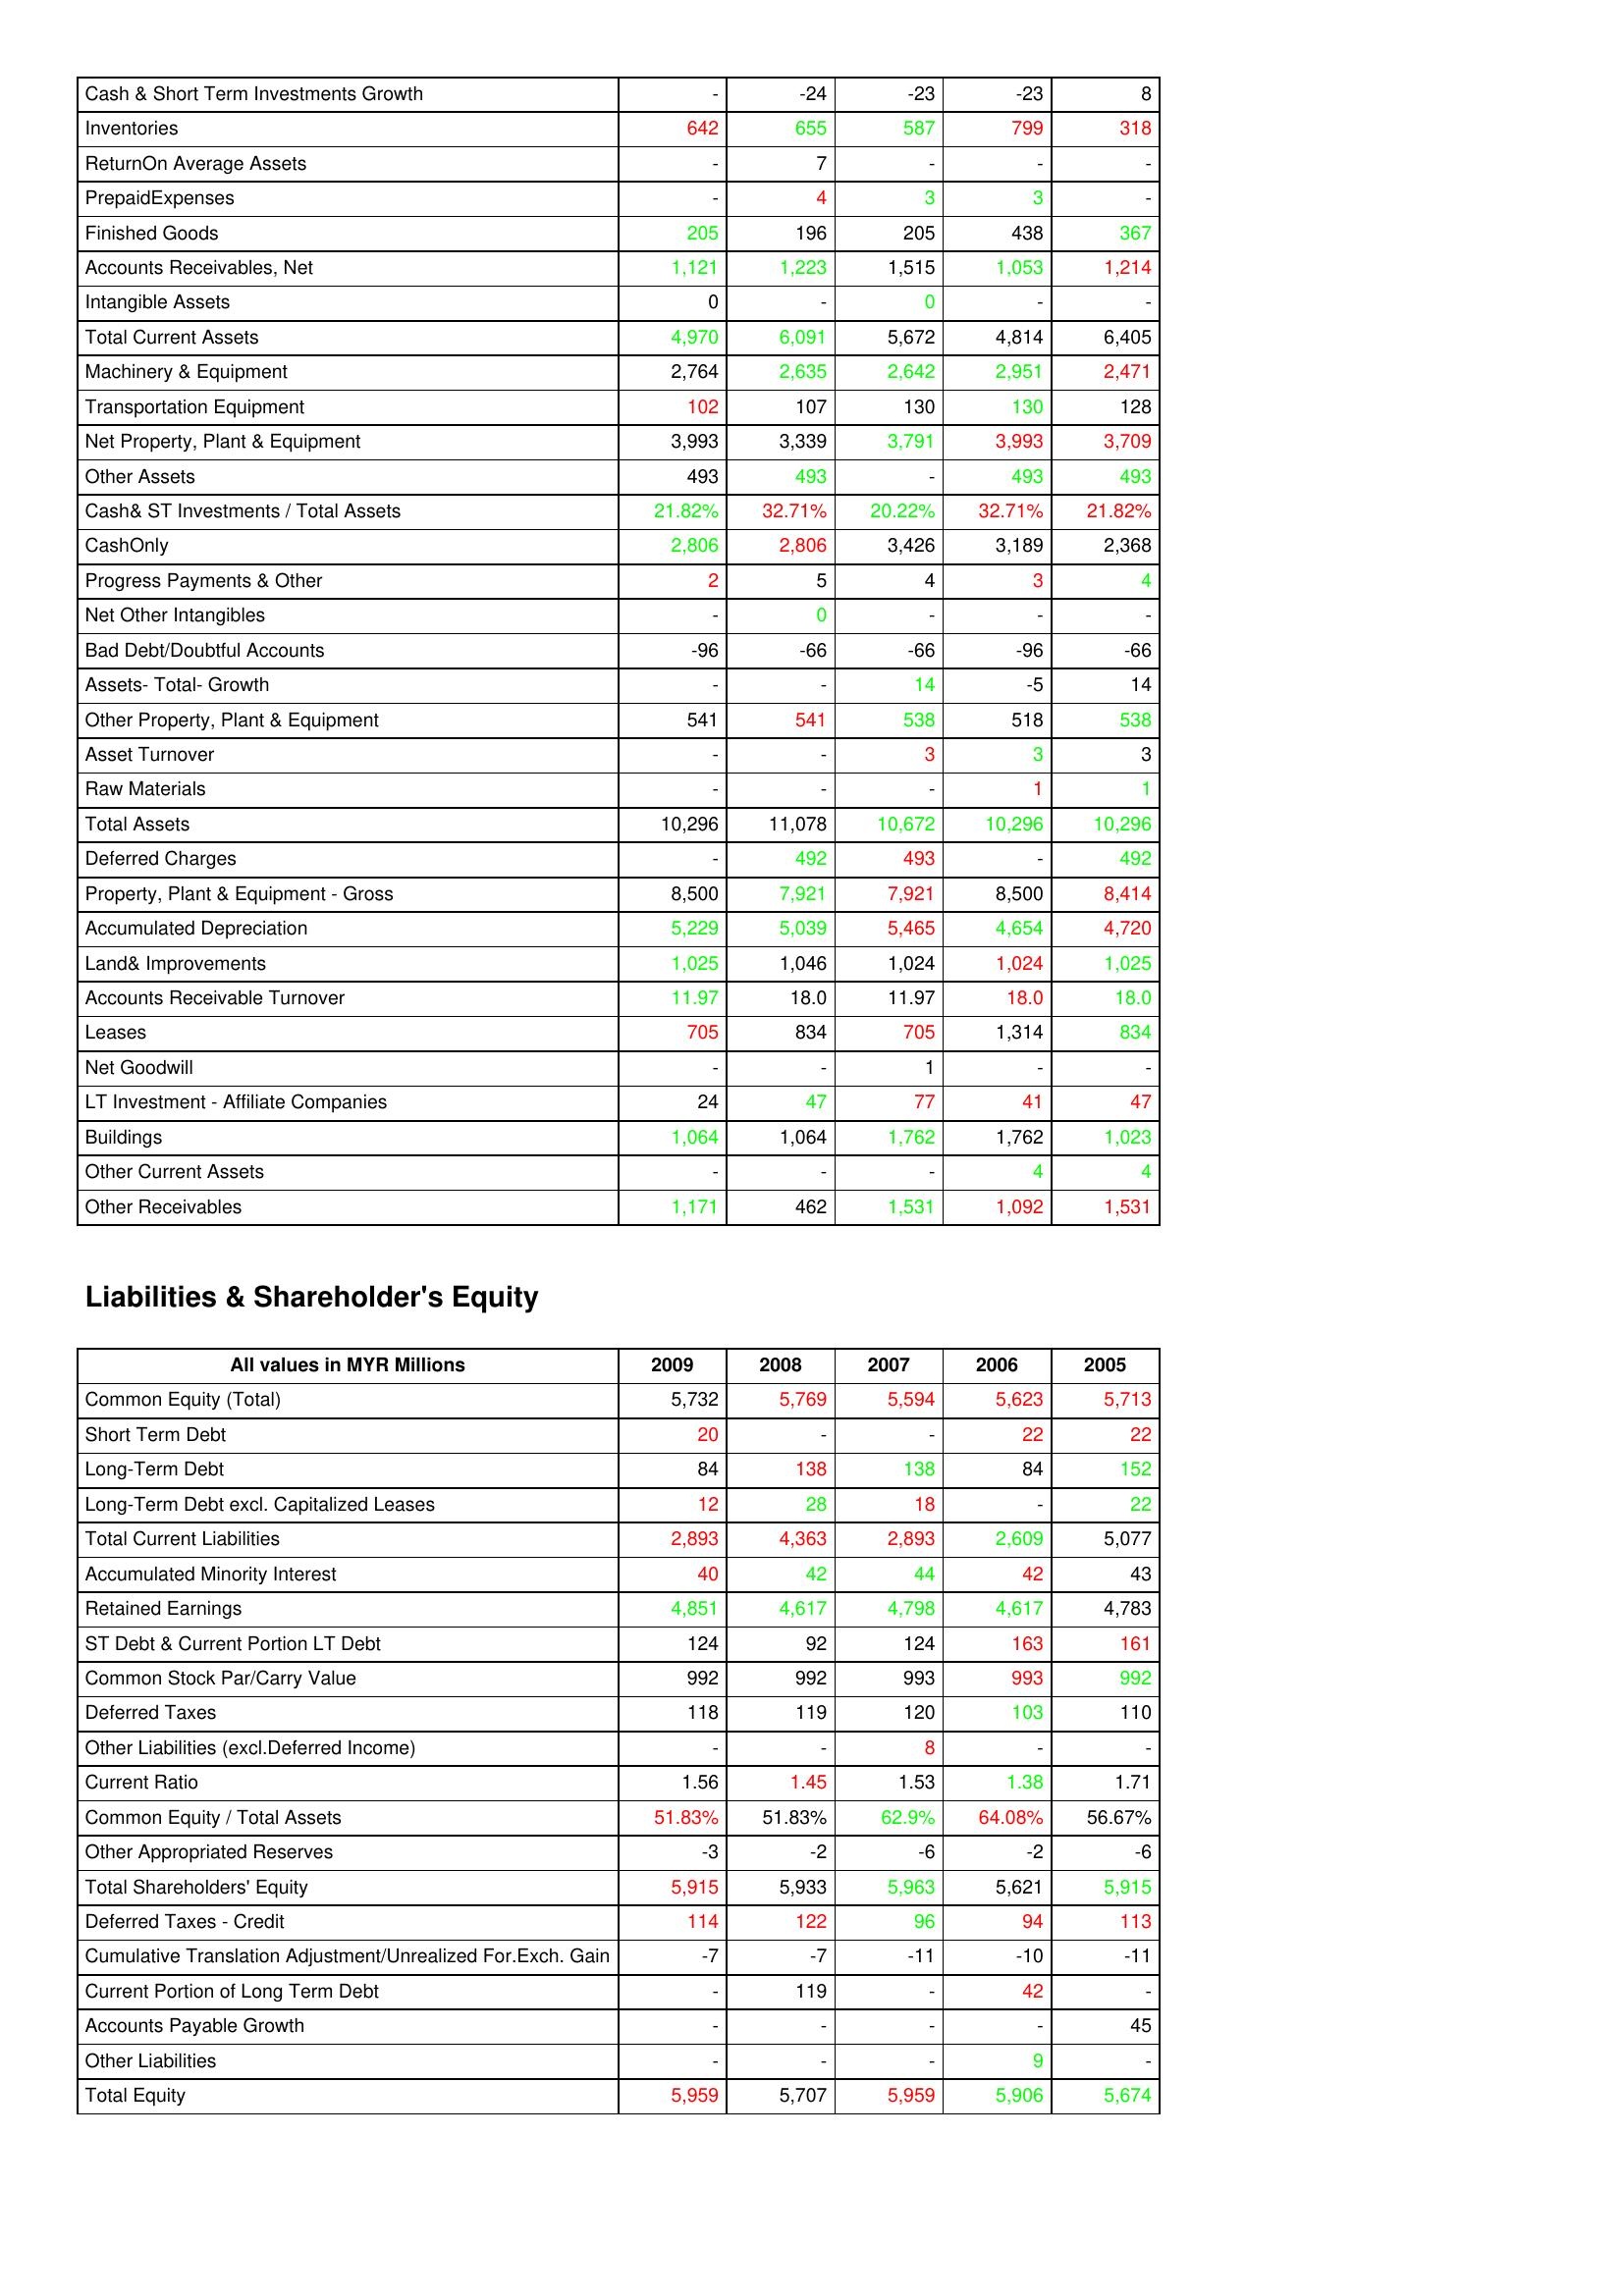
gt_parse: 2009: Assets: Cash & Short Term Investments Growth: -
Inventories: 642
ReturnOn Average Assets: -
PrepaidExpenses: -
Finished Goods: 205
Accounts Receivables, Net: 1,121
Intangible Assets: 0
Total Current Assets: 4,970
Machinery & Equipment: 2,764
Transportation Equipment: 102
Net Property, Plant & Equipment: 3,993
Other Assets: 493
Cash& ST Investments / Total Assets: 21.82%
CashOnly: 2,806
Progress Payments & Other: 2
Net Other Intangibles: -
Bad Debt/Doubtful Accounts: -96
Assets- Total- Growth: -
Other Property, Plant & Equipment: 541
Asset Turnover: -
Raw Materials: -
Total Assets: 10,296
Deferred Charges: -
Property, Plant & Equipment - Gross : 8,500
Accumulated Depreciation: 5,229
Land& Improvements: 1,025
Accounts Receivable Turnover: 11.97
Leases: 705
Net Goodwill: -
LT Investment - Affiliate Companies: 24
Buildings: 1,064
Other Current Assets: -
Other Receivables: 1,171
Liabilities & Shareholder's Equity: Common Equity (Total): 5,732
Short Term Debt: 20
Long-Term Debt: 84
Long-Term Debt excl. Capitalized Leases: 12
Total Current Liabilities: 2,893
Accumulated Minority Interest: 40
Retained Earnings: 4,851
ST Debt & Current Portion LT Debt: 124
Common Stock Par/Carry Value: 992
Deferred Taxes: 118
Other Liabilities (excl.Deferred Income): -
Current Ratio: 1.56
Common Equity / Total Assets: 51.83%
Other Appropriated Reserves: -3
Total Shareholders' Equity: 5,915
Deferred Taxes - Credit: 114
Cumulative Translation Adjustment/Unrealized For.Exch. Gain: -7
Current Portion of Long Term Debt: -
Accounts Payable Growth: -
Other Liabilities: -
Total Equity: 5,959
2008: Assets: Cash & Short Term Investments Growth: -24
Inventories: 655
ReturnOn Average Assets: 7
PrepaidExpenses: 4
Finished Goods: 196
Accounts Receivables, Net: 1,223
Intangible Assets: -
Total Current Assets: 6,091
Machinery & Equipment: 2,635
Transportation Equipment: 107
Net Property, Plant & Equipment: 3,339
Other Assets: 493
Cash& ST Investments / Total Assets: 32.71%
CashOnly: 2,806
Progress Payments & Other: 5
Net Other Intangibles: 0
Bad Debt/Doubtful Accounts: -66
Assets- Total- Growth: -
Other Property, Plant & Equipment: 541
Asset Turnover: -
Raw Materials: -
Total Assets: 11,078
Deferred Charges: 492
Property, Plant & Equipment - Gross : 7,921
Accumulated Depreciation: 5,039
Land& Improvements: 1,046
Accounts Receivable Turnover: 18.0
Leases: 834
Net Goodwill: -
LT Investment - Affiliate Companies: 47
Buildings: 1,064
Other Current Assets: -
Other Receivables: 462
Liabilities & Shareholder's Equity: Common Equity (Total): 5,769
Short Term Debt: -
Long-Term Debt: 138
Long-Term Debt excl. Capitalized Leases: 28
Total Current Liabilities: 4,363
Accumulated Minority Interest: 42
Retained Earnings: 4,617
ST Debt & Current Portion LT Debt: 92
Common Stock Par/Carry Value: 992
Deferred Taxes: 119
Other Liabilities (excl.Deferred Income): -
Current Ratio: 1.45
Common Equity / Total Assets: 51.83%
Other Appropriated Reserves: -2
Total Shareholders' Equity: 5,933
Deferred Taxes - Credit: 122
Cumulative Translation Adjustment/Unrealized For.Exch. Gain: -7
Current Portion of Long Term Debt: 119
Accounts Payable Growth: -
Other Liabilities: -
Total Equity: 5,707
2007: Assets: Cash & Short Term Investments Growth: -23
Inventories: 587
ReturnOn Average Assets: -
PrepaidExpenses: 3
Finished Goods: 205
Accounts Receivables, Net: 1,515
Intangible Assets: 0
Total Current Assets: 5,672
Machinery & Equipment: 2,642
Transportation Equipment: 130
Net Property, Plant & Equipment: 3,791
Other Assets: -
Cash& ST Investments / Total Assets: 20.22%
CashOnly: 3,426
Progress Payments & Other: 4
Net Other Intangibles: -
Bad Debt/Doubtful Accounts: -66
Assets- Total- Growth: 14
Other Property, Plant & Equipment: 538
Asset Turnover: 3
Raw Materials: -
Total Assets: 10,672
Deferred Charges: 493
Property, Plant & Equipment - Gross : 7,921
Accumulated Depreciation: 5,465
Land& Improvements: 1,024
Accounts Receivable Turnover: 11.97
Leases: 705
Net Goodwill: 1
LT Investment - Affiliate Companies: 77
Buildings: 1,762
Other Current Assets: -
Other Receivables: 1,531
Liabilities & Shareholder's Equity: Common Equity (Total): 5,594
Short Term Debt: -
Long-Term Debt: 138
Long-Term Debt excl. Capitalized Leases: 18
Total Current Liabilities: 2,893
Accumulated Minority Interest: 44
Retained Earnings: 4,798
ST Debt & Current Portion LT Debt: 124
Common Stock Par/Carry Value: 993
Deferred Taxes: 120
Other Liabilities (excl.Deferred Income): 8
Current Ratio: 1.53
Common Equity / Total Assets: 62.9%
Other Appropriated Reserves: -6
Total Shareholders' Equity: 5,963
Deferred Taxes - Credit: 96
Cumulative Translation Adjustment/Unrealized For.Exch. Gain: -11
Current Portion of Long Term Debt: -
Accounts Payable Growth: -
Other Liabilities: -
Total Equity: 5,959
2006: Assets: Cash & Short Term Investments Growth: -23
Inventories: 799
ReturnOn Average Assets: -
PrepaidExpenses: 3
Finished Goods: 438
Accounts Receivables, Net: 1,053
Intangible Assets: -
Total Current Assets: 4,814
Machinery & Equipment: 2,951
Transportation Equipment: 130
Net Property, Plant & Equipment: 3,993
Other Assets: 493
Cash& ST Investments / Total Assets: 32.71%
CashOnly: 3,189
Progress Payments & Other: 3
Net Other Intangibles: -
Bad Debt/Doubtful Accounts: -96
Assets- Total- Growth: -5
Other Property, Plant & Equipment: 518
Asset Turnover: 3
Raw Materials: 1
Total Assets: 10,296
Deferred Charges: -
Property, Plant & Equipment - Gross : 8,500
Accumulated Depreciation: 4,654
Land& Improvements: 1,024
Accounts Receivable Turnover: 18.0
Leases: 1,314
Net Goodwill: -
LT Investment - Affiliate Companies: 41
Buildings: 1,762
Other Current Assets: 4
Other Receivables: 1,092
Liabilities & Shareholder's Equity: Common Equity (Total): 5,623
Short Term Debt: 22
Long-Term Debt: 84
Long-Term Debt excl. Capitalized Leases: -
Total Current Liabilities: 2,609
Accumulated Minority Interest: 42
Retained Earnings: 4,617
ST Debt & Current Portion LT Debt: 163
Common Stock Par/Carry Value: 993
Deferred Taxes: 103
Other Liabilities (excl.Deferred Income): -
Current Ratio: 1.38
Common Equity / Total Assets: 64.08%
Other Appropriated Reserves: -2
Total Shareholders' Equity: 5,621
Deferred Taxes - Credit: 94
Cumulative Translation Adjustment/Unrealized For.Exch. Gain: -10
Current Portion of Long Term Debt: 42
Accounts Payable Growth: -
Other Liabilities: 9
Total Equity: 5,906
2005: Assets: Cash & Short Term Investments Growth: 8
Inventories: 318
ReturnOn Average Assets: -
PrepaidExpenses: -
Finished Goods: 367
Accounts Receivables, Net: 1,214
Intangible Assets: -
Total Current Assets: 6,405
Machinery & Equipment: 2,471
Transportation Equipment: 128
Net Property, Plant & Equipment: 3,709
Other Assets: 493
Cash& ST Investments / Total Assets: 21.82%
CashOnly: 2,368
Progress Payments & Other: 4
Net Other Intangibles: -
Bad Debt/Doubtful Accounts: -66
Assets- Total- Growth: 14
Other Property, Plant & Equipment: 538
Asset Turnover: 3
Raw Materials: 1
Total Assets: 10,296
Deferred Charges: 492
Property, Plant & Equipment - Gross : 8,414
Accumulated Depreciation: 4,720
Land& Improvements: 1,025
Accounts Receivable Turnover: 18.0
Leases: 834
Net Goodwill: -
LT Investment - Affiliate Companies: 47
Buildings: 1,023
Other Current Assets: 4
Other Receivables: 1,531
Liabilities & Shareholder's Equity: Common Equity (Total): 5,713
Short Term Debt: 22
Long-Term Debt: 152
Long-Term Debt excl. Capitalized Leases: 22
Total Current Liabilities: 5,077
Accumulated Minority Interest: 43
Retained Earnings: 4,783
ST Debt & Current Portion LT Debt: 161
Common Stock Par/Carry Value: 992
Deferred Taxes: 110
Other Liabilities (excl.Deferred Income): -
Current Ratio: 1.71
Common Equity / Total Assets: 56.67%
Other Appropriated Reserves: -6
Total Shareholders' Equity: 5,915
Deferred Taxes - Credit: 113
Cumulative Translation Adjustment/Unrealized For.Exch. Gain: -11
Current Portion of Long Term Debt: -
Accounts Payable Growth: 45
Other Liabilities: -
Total Equity: 5,674